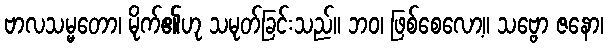
ဗာလသမ္မတော၊ မိုက်၏ဟု သမုတ်ခြင်းသည်။ ဘဝ၊ ဖြစ်စေလော့။ သဗ္ဗော ဇနော၊